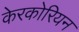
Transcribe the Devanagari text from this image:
केरकोरियन